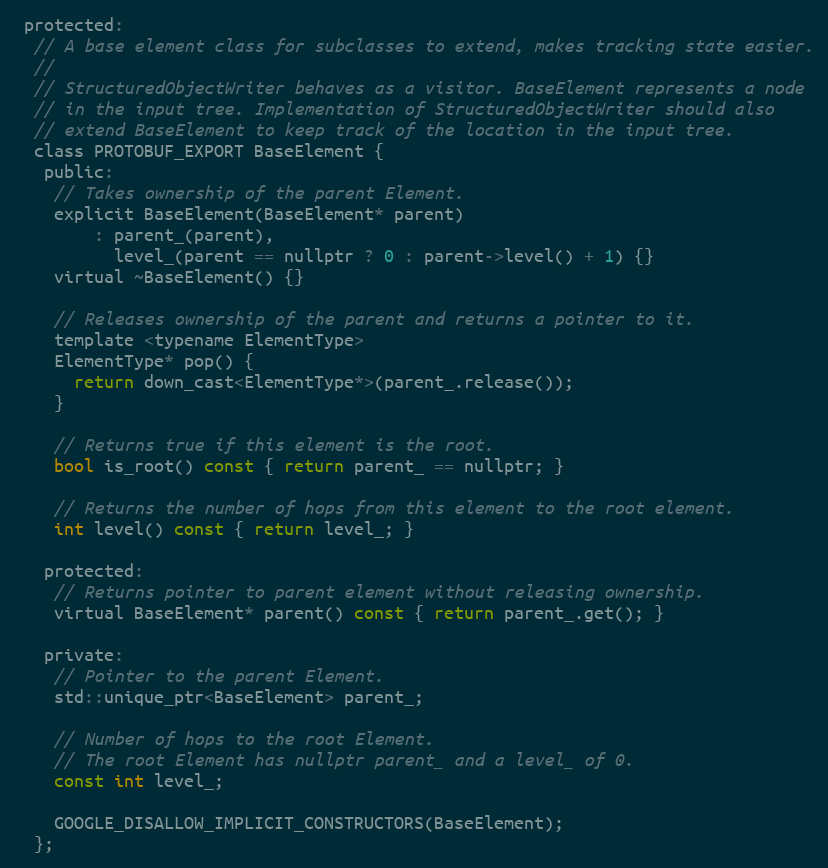
Language: C
 protected:
  // A base element class for subclasses to extend, makes tracking state easier.
  //
  // StructuredObjectWriter behaves as a visitor. BaseElement represents a node
  // in the input tree. Implementation of StructuredObjectWriter should also
  // extend BaseElement to keep track of the location in the input tree.
  class PROTOBUF_EXPORT BaseElement {
   public:
    // Takes ownership of the parent Element.
    explicit BaseElement(BaseElement* parent)
        : parent_(parent),
          level_(parent == nullptr ? 0 : parent->level() + 1) {}
    virtual ~BaseElement() {}

    // Releases ownership of the parent and returns a pointer to it.
    template <typename ElementType>
    ElementType* pop() {
      return down_cast<ElementType*>(parent_.release());
    }

    // Returns true if this element is the root.
    bool is_root() const { return parent_ == nullptr; }

    // Returns the number of hops from this element to the root element.
    int level() const { return level_; }

   protected:
    // Returns pointer to parent element without releasing ownership.
    virtual BaseElement* parent() const { return parent_.get(); }

   private:
    // Pointer to the parent Element.
    std::unique_ptr<BaseElement> parent_;

    // Number of hops to the root Element.
    // The root Element has nullptr parent_ and a level_ of 0.
    const int level_;

    GOOGLE_DISALLOW_IMPLICIT_CONSTRUCTORS(BaseElement);
  };